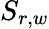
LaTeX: S_{r,w}